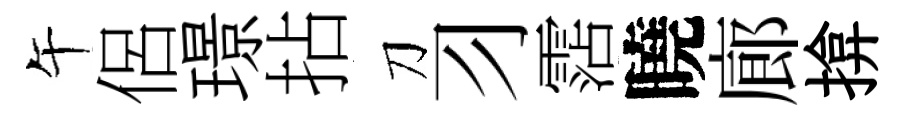
午侶璟拈刀习霑曉廊揜